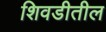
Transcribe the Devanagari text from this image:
शिवडीतील